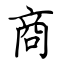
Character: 商